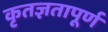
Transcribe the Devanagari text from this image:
कृतज्ञतापूर्ण